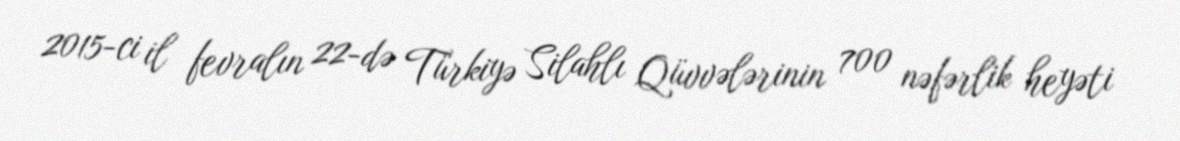
2015-ci il fevralın 22-də Türkiyə Silahlı Qüvvələrinin 700 nəfərlik heyəti